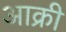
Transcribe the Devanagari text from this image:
आक्री